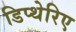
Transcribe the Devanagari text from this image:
डिप्थेरिए